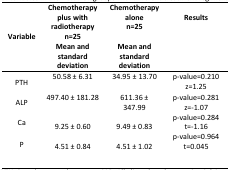
<table><thead><tr><td><b>Variable</b></td><td><b>Chemotherapy plus with radiotherapyn=25Mean and standard deviation</b></td><td><b>Chemotherapy alonen=25Mean and standard deviation</b></td><td><b>Results</b></td></tr></thead><tbody><tr><td>PTH</td><td>50.58 ± 6.31</td><td>34.95± 13.70</td><td>p-value=0.210 z=1.25</td></tr><tr><td>ALP</td><td>497.40 ± 181.28</td><td>611.36 ± 347.99</td><td>p-value=0.281 z=-1.07</td></tr><tr><td>Ca</td><td>9.25 ± 0.60</td><td>9.49 ± 0.83</td><td>p-value=0.284 t=-1.16</td></tr><tr><td>P</td><td>4.51 ± 0.84</td><td>4.51 ± 1.02</td><td>p-value=0.964 t=0.045</td></tr></tbody></table>